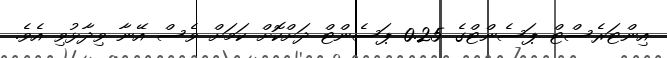
އިންޓަރެސްޓް ޕަސެންޓްގެ 0.25 ޕަސެންޓް ދަށްކޮށް ކަމަށް ވެސް އޭނާ ވިދާޅުވި އެވެ.